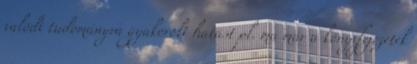
valódi tudományra gyakorolt hatást pl. ma már a könyvfejezetek